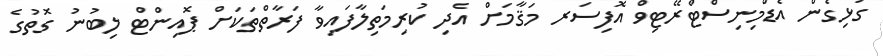
ގުޅިގެން އެޑްމިނިސްޓްރޭޓިވް އޮފިސަރ މަޤާމަށް އެދި ކުރިމަތިލާފައިވާ ފަރާތްތަކަށް ޕޮއިންޓް ލިބުނު ގޮތުގެ